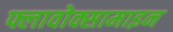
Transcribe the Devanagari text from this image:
फ्लावोक्सामाइन